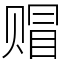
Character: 赗